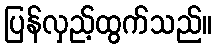
ပြန်လှည့်ထွက်သည်။